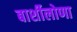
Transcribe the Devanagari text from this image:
बार्शीलोणा